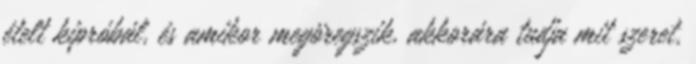
ételt kipróbál, és amikor megöregszik, akkorára tudja mit szeret,